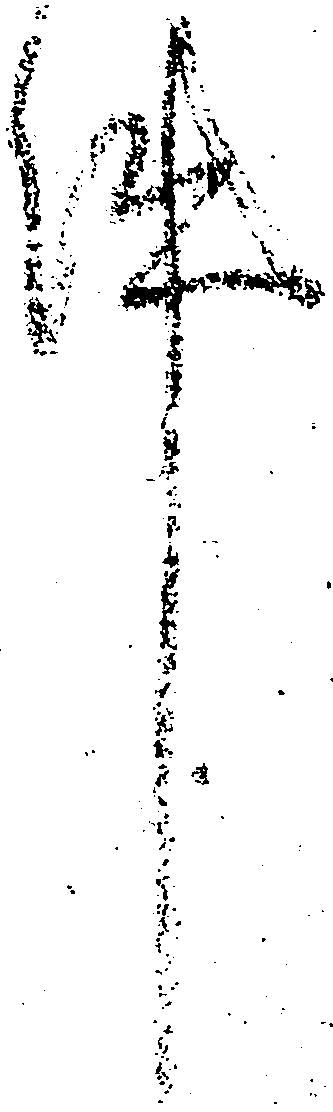
件